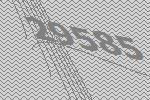
29585